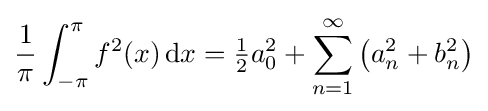
{\frac {1}{\pi }}\int _{-\pi }^{\pi }f^{2}(x)\,\mathrm {d} x={\tfrac {1}{2}}a_{0}^{2}+\sum _{n=1}^{\infty }\left(a_{n}^{2}+b_{n}^{2}\right)